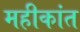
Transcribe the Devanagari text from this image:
महीकांत